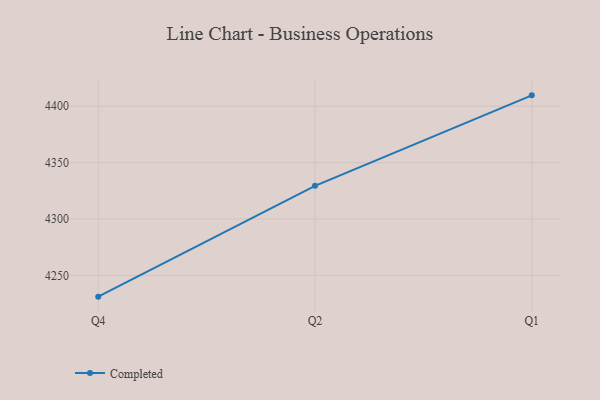
{"axis": {"x": "Quarter", "y": "Budget (USD K)"}, "legend": ["Completed"], "data": [{"x": "Q4", "y": 4231.1, "type": "Completed"}, {"x": "Q2", "y": 4329.4, "type": "Completed"}, {"x": "Q1", "y": 4409.7, "type": "Completed"}]}